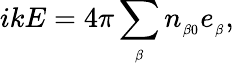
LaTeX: ikE=4\pi\sum_{_{\beta}}n_{_{\beta 0}}e_{_{\beta}},